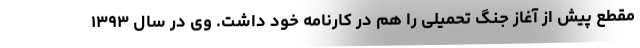
مقطع پیش از آغاز جنگ تحمیلی را هم در کارنامه خود داشت. وی در سال ۱۳۹۳